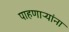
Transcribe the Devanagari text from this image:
पाहणाऱ्यांना